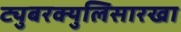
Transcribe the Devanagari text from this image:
ट्युबरक्युलिसारखा